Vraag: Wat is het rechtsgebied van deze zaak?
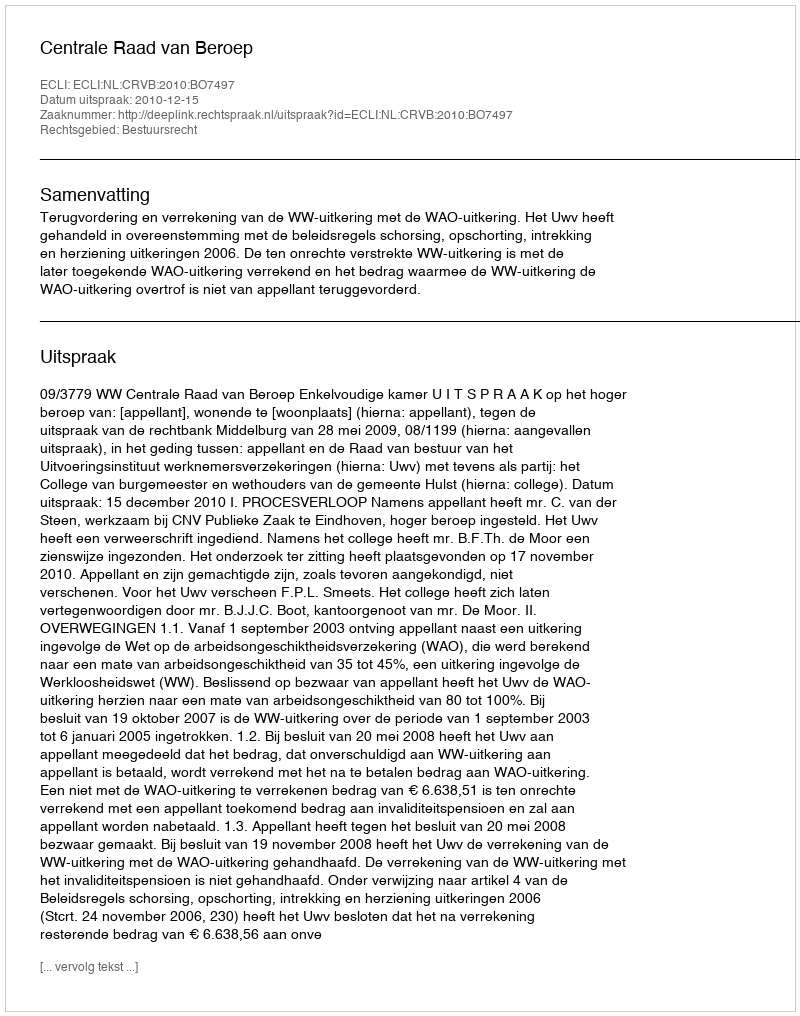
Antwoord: Bestuursrecht